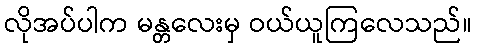
လိုအပ်ပါက မန္တလေးမှ ဝယ်ယူကြလေသည်။